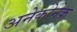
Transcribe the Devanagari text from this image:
अनेकोनेक